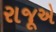
રાજૂએ